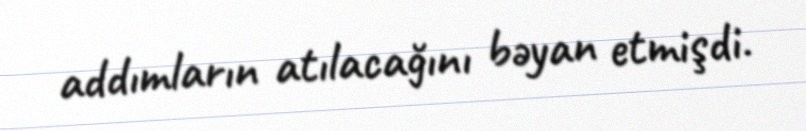
addımların atılacağını bəyan etmişdi.